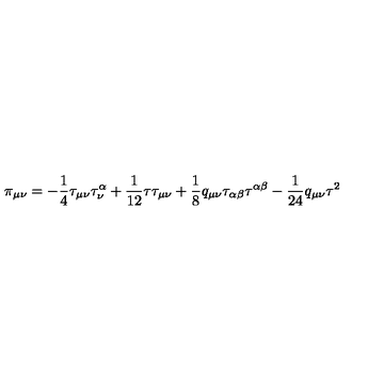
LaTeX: \pi _ { \mu \nu } = - \frac { 1 } { 4 } \tau _ { \mu \nu } \tau _ { \nu } ^ { \alpha } + \frac { 1 } { 1 2 } \tau \tau _ { \mu \nu } + \frac { 1 } { 8 } q _ { \mu \nu } \tau _ { \alpha \beta } \tau ^ { \alpha \beta } - \frac { 1 } { 2 4 } q _ { \mu \nu } \tau ^ { 2 }